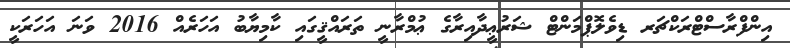
އިންފްރާސްޓްރަކްޗަރ ޑިވެލޮޕްމަންޓް ޝަރުޢީދާއިރާގެ ޢުމްރާނީ ތަރައްޤީގައި ކާމިޔާބު އަހަރެއް 2016 ވަނަ އަހަރަކީ